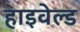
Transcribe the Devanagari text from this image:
हाइवेल्ड